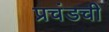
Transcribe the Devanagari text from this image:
प्रचंडची